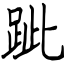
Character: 跐